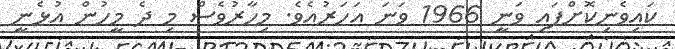
ކައިވެނިކޮށްފައި ވަނީ 1966 ވަނަ އަހަރުއެވެ. މިހާރުވެސް މި ދެ މީހުން އުޅެނީ